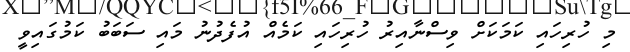
މި ހުރިހައި ކަމަކަށް ވިސްނާއިރު ހުރިހައި ކަމެއް އުފެދުނު މައި ސަބަބު ކަމުގައިވީ